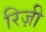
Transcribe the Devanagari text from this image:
रिज़ी